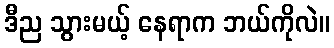
ဒီည သွားမယ့် နေရာက ဘယ်ကိုလဲ။